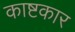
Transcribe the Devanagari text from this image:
काष्टकार